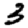
Digit: 3